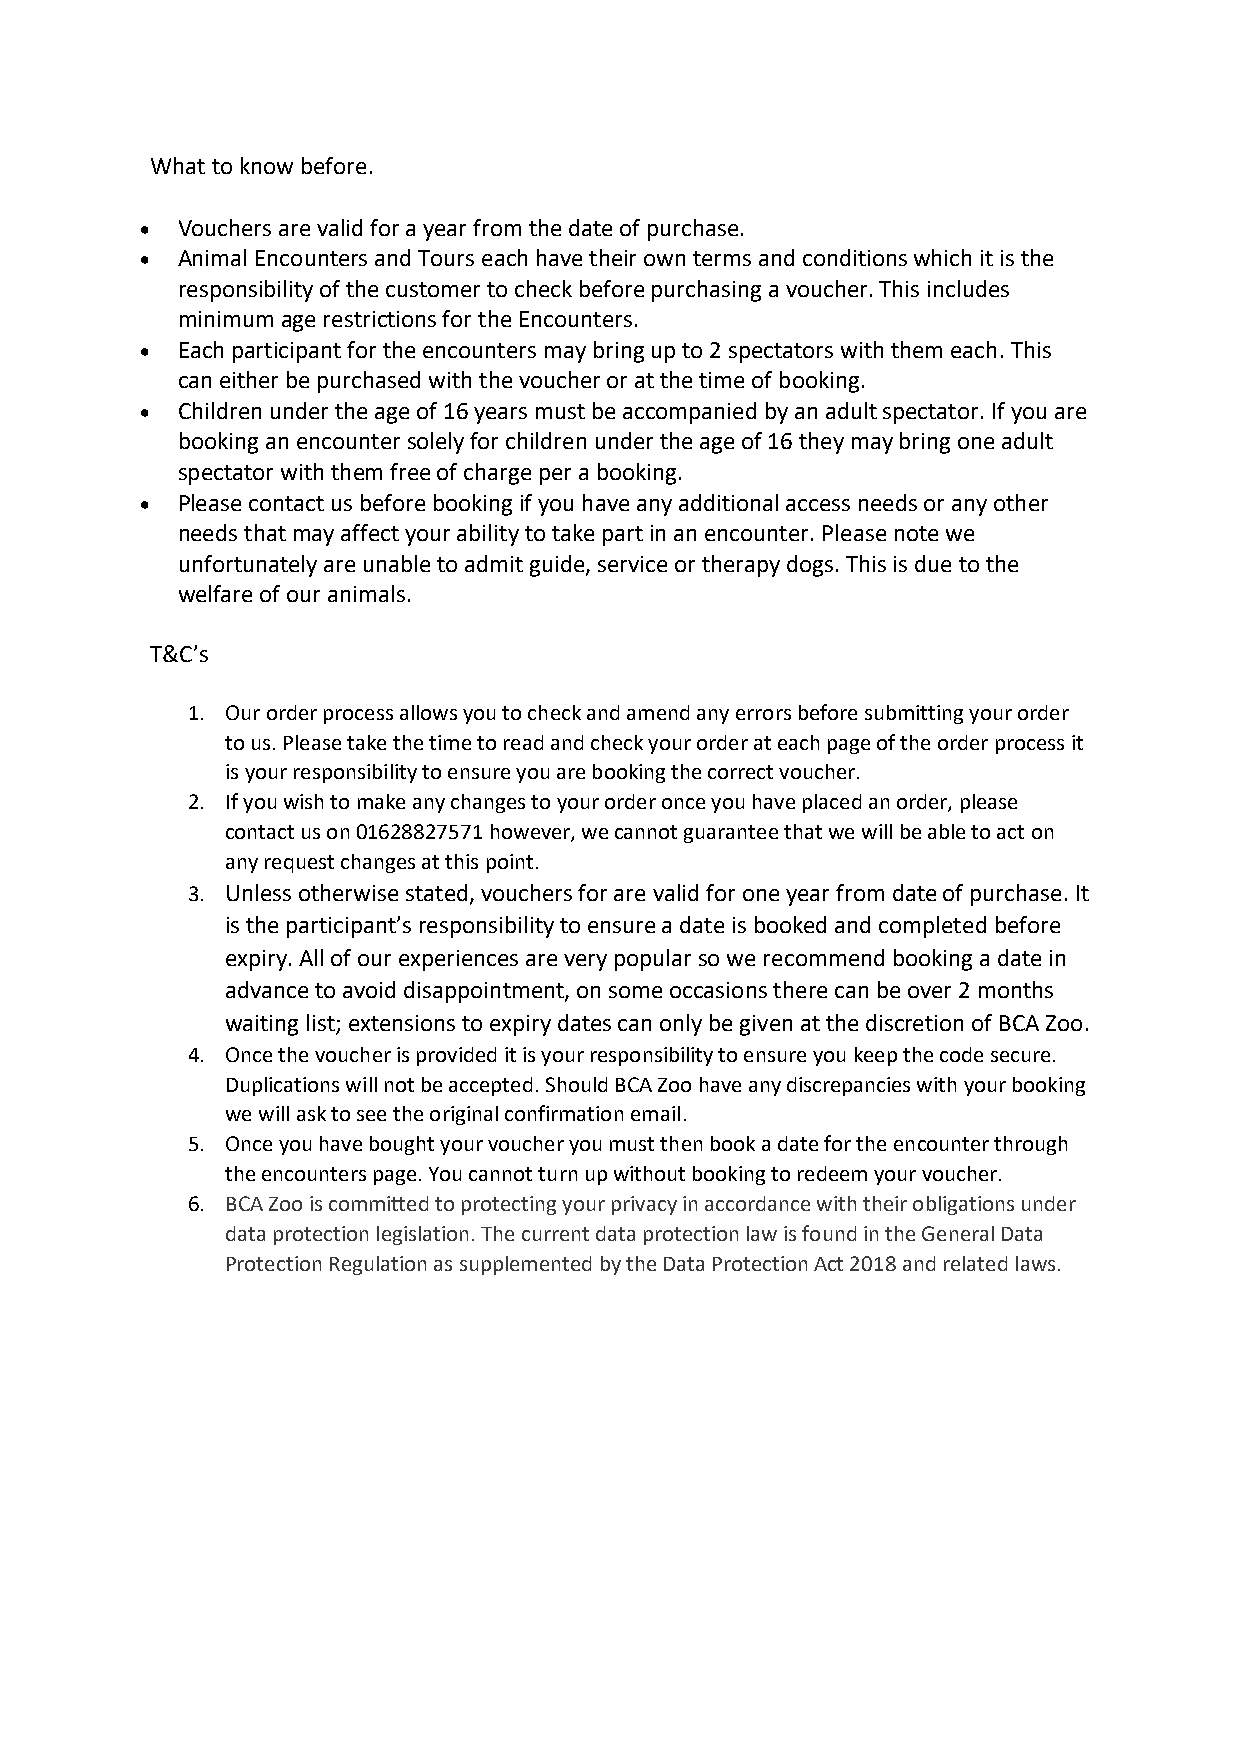
What to know before.
   Vouchers are valid for a year from the date of purchase.
   Animal Encounters and Tours each have their own terms and conditions which it is the
 responsibility of the customer to check before purchasing a voucher. This includes
 minimum age restrictions for the Encounters.
   Each participant for the encounters may bring up to 2 spectators with them each. This
 can either be purchased with the voucher or at the time of booking.
   Children under the age of 16 years must be accompanied by an adult spectator. If you are
 booking an encounter solely for children under the age of 16 they may bring one adult
 spectator with them free of charge per a booking.
   Please contact us before booking if you have any additional access needs or any other
 needs that may affect your ability to take part in an encounter. Please note we
 unfortunately are unable to admit guide, service or therapy dogs. This is due to the
 welfare of our animals.
 T&C’s
 1. Our order process allows you to check and amend any errors before submitting your order
 to us. Please take the time to read and check your order at each page of the order process it
 is your responsibility to ensure you are booking the correct voucher.
 2. If you wish to make any changes to your order once you have placed an order, please
 contact us on 01628827571 however, we cannot guarantee that we will be able to act on
 any request changes at this point.
 3. Unless otherwise stated, vouchers for are valid for one year from date of purchase. It
 is the participant’s responsibility to ensure a date is booked and completed before
 expiry. All of our experiences are very popular so we recommend booking a date in
 advance to avoid disappointment, on some occasions there can be over 2 months
 waiting list; extensions to expiry dates can only be given at the discretion of BCA Zoo.
 4. Once the voucher is provided it is your responsibility to ensure you keep the code secure.
 Duplications will not be accepted. Should BCA Zoo have any discrepancies with your booking
 we will ask to see the original confirmation email.
 5. Once you have bought your voucher you must then book a date for the encounter through
 the encounters page. You cannot turn up without booking to redeem your voucher.
 6. BCA Zoo is committed to protecting your privacy in accordance with their obligations under
 data protection legislation. The current data protection law is found in the General Data
 Protection Regulation as supplemented by the Data Protection Act 2018 and related laws.